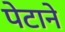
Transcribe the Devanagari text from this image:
पेटाने